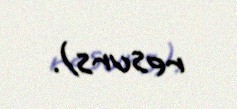
resurs).